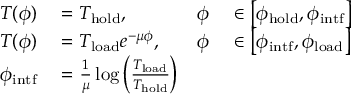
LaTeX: \begin{array} { r l r l } { T ( \phi ) } & { { } = T _ { \mathrm { h o l d } } , } & { \phi } & { { } \in \left[ \phi _ { \mathrm { h o l d } } , \phi _ { \mathrm { i n t f } } \right] } \\ { T ( \phi ) } & { { } = T _ { \mathrm { l o a d } } e ^ { - \mu \phi } , } & { \phi } & { { } \in \left[ \phi _ { \mathrm { i n t f } } , \phi _ { \mathrm { l o a d } } \right] } \\ { \phi _ { \mathrm { i n t f } } } & { { } = { \frac { 1 } { \mu } } \log \left( { \frac { T _ { \mathrm { l o a d } } } { T _ { \mathrm { h o l d } } } } \right) } & { } \end{array}